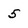
Character: 5